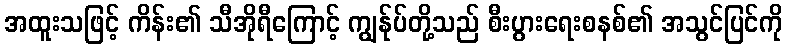
အထူးသဖြင့် ကိန်း၏ သီအိုရီကြောင့် ကျွန်ုပ်တို့သည် စီးပွားရေးစနစ်၏ အသွင်ပြင်ကို